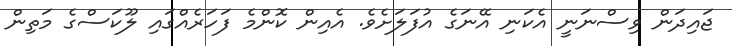
ޖައިދަން ވިސްނަނީ އެކަނި އޭނަގެ އުފަލަށެވެ. އެއިން ކޮންމެ ފަހަރެއްގައި ލޫކަސްގެ މަތިން